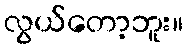
လွယ်တော့ဘူး။